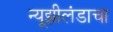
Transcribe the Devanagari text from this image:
न्यूझीलंडाचा